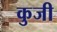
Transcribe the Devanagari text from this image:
कुजी